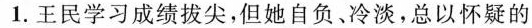
1.王民学习成绩拔尖，但她自负、冷淡，总以怀疑的